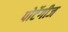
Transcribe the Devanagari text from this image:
पोर्टेगीज